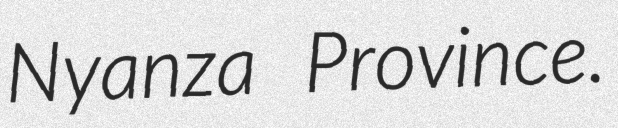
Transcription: Nyanza Province.